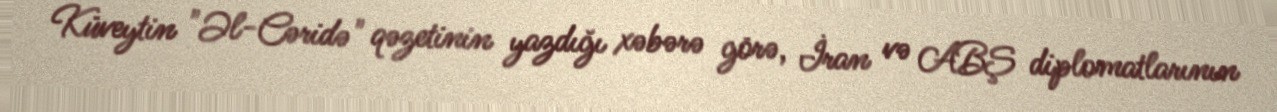
Küveytin "Əl-Cəridə" qəzetinin yazdığı xəbərə görə, İran və ABŞ diplomatlarının